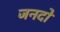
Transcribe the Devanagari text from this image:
जनदों